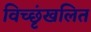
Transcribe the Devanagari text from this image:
विच्छृंखलित